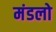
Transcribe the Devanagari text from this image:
मंडलो